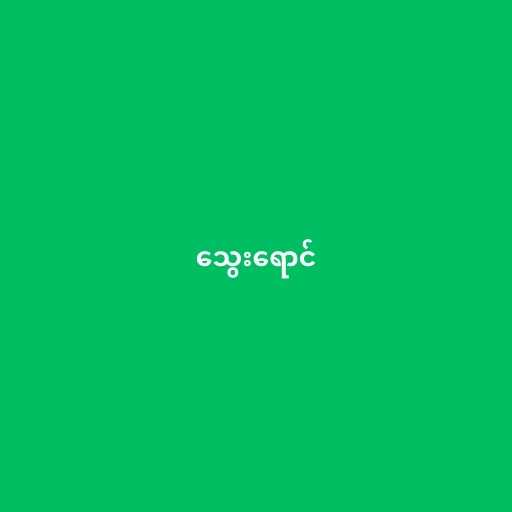
သွေးရောင်